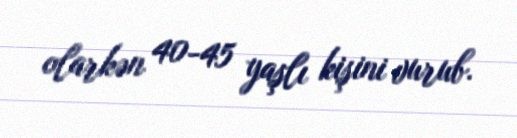
olarkən 40-45 yaşlı kişini vurub.